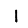
Digit: 1